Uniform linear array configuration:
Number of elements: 24
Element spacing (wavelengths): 0.25
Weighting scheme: uniform
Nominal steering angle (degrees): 0
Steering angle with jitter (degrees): -1.442
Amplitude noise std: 0.05
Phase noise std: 0.05

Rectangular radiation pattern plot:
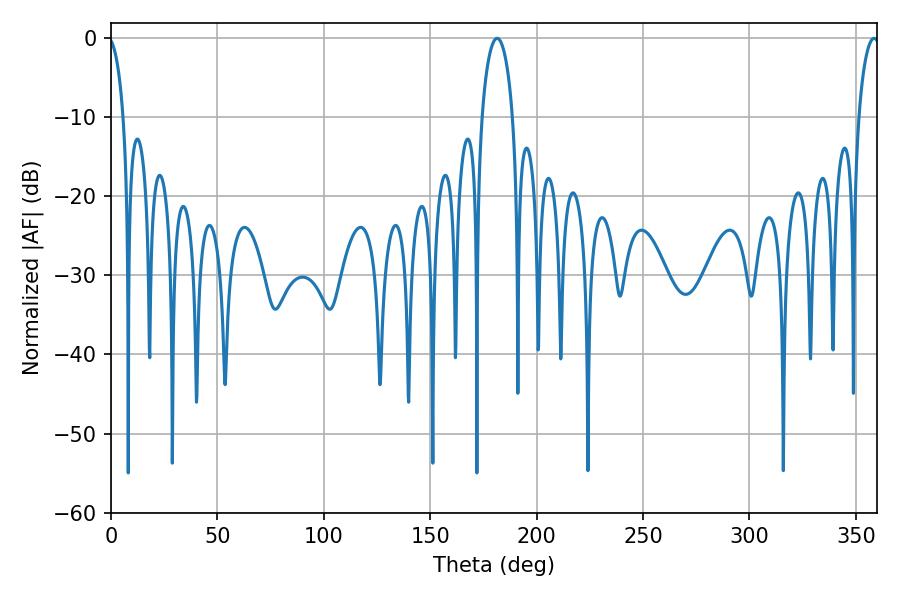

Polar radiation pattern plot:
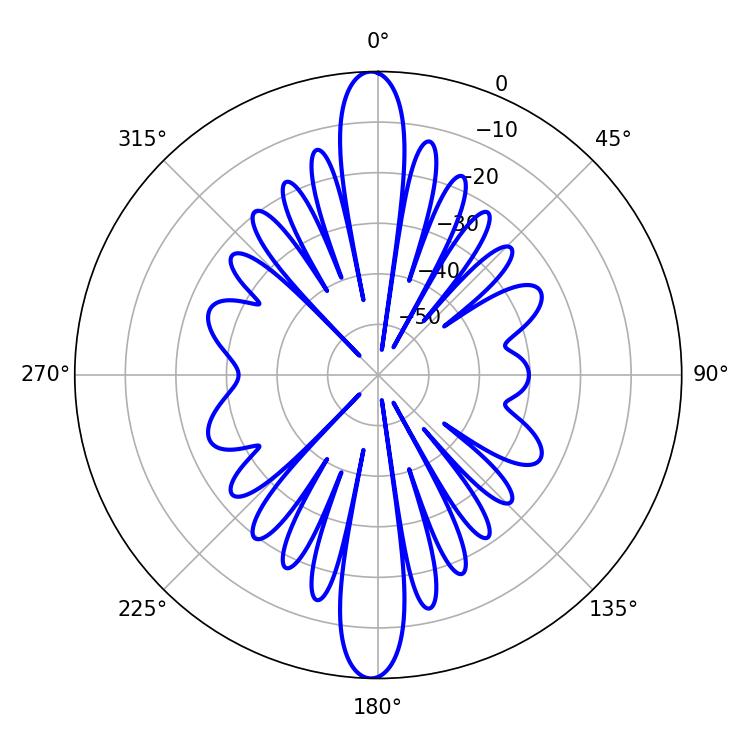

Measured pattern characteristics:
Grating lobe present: FALSE
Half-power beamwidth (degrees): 8.28
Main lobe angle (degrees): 181.44